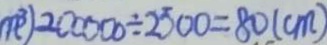
m ^ { 3 } ) 2 0 0 0 0 0 \div 2 5 0 0 = 8 0 ( c m )